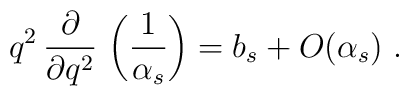
q^2 \, \frac{\partial}{\partial q^2}\,\left(\frac{1}{\alpha_s}\right) = b_s + O(\alpha_s) \ .